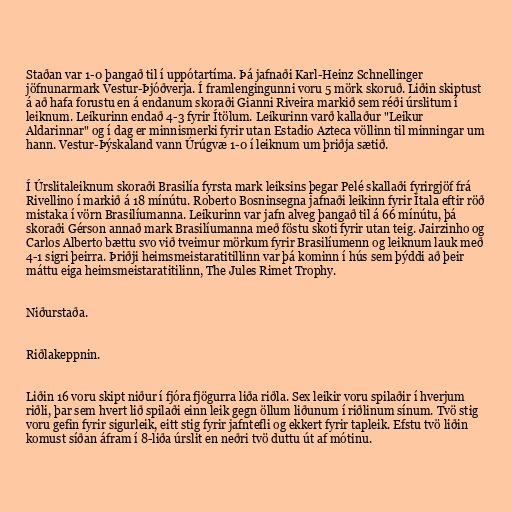
Staðan var 1-0 þangað til í uppótartíma. Þá jafnaði Karl-Heinz Schnellinger
jöfnunarmark Vestur-Þjóðverja. Í framlengingunni voru 5 mörk skoruð. Liðin skiptust
á að hafa forustu en á endanum skoraði Gianni Riveira markið sem réði úrslitum í
leiknum. Leikurinn endað 4-3 fyrir Ítölum. Leikurinn varð kallaður "Leikur
Aldarinnar" og í dag er minnismerki fyrir utan Estadio Azteca völlinn til minningar um
hann. Vestur-Þýskaland vann Úrúgvæ 1-0 í leiknum um þriðja sætið.

Í Úrslitaleiknum skoraði Brasilía fyrsta mark leiksins þegar Pelé skallaði fyrirgjöf frá
Rivellino í markið á 18 mínútu. Roberto Bosninsegna jafnaði leikinn fyrir Ítala eftir röð
mistaka í vörn Brasilíumanna. Leikurinn var jafn alveg þangað til á 66 mínútu, þá
skoraði Gérson annað mark Brasilíumanna með föstu skoti fyrir utan teig. Jairzinho og
Carlos Alberto bættu svo við tveimur mörkum fyrir Brasilíumenn og leiknum lauk með
4-1 sigri þeirra. Þriðji heimsmeistaratitillinn var þá kominn í hús sem þýddi að þeir
máttu eiga heimsmeistaratitilinn, The Jules Rimet Trophy.

Niðurstaða.

Riðlakeppnin.

Liðin 16 voru skipt niður í fjóra fjögurra liða riðla. Sex leikir voru spilaðir í hverjum
riðli, þar sem hvert lið spilaði einn leik gegn öllum liðunum í riðlinum sínum. Tvö stig
voru gefin fyrir sigurleik, eitt stig fyrir jafntefli og ekkert fyrir tapleik. Efstu tvö liðin
komust síðan áfram í 8-liða úrslit en neðri tvö duttu út af mótinu.